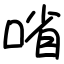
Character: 㗂